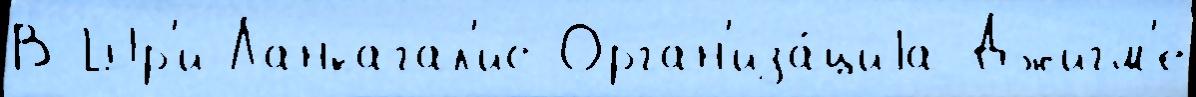
В Шр'и-Ланкагал'ис Орган'иза́циjа Джигм'е